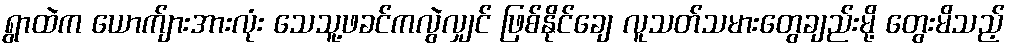
ရွာထဲက ယောက်ျားအားလုံး သေသူ့ဖခင်ကလွဲလျှင် ဖြစ်နိုင်ချေ လူသတ်သမားတွေချည်းမို့ တွေးမိသည့်